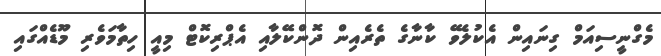
މެގްނީސިއަމް ގިނައިން އެކުލެވޭ ކާނާގެ ތެރެއިން ދޮންކޭލާއި އެޕްރިކޮޓް މިއީ ހިތާމަވެރި މޫޑެއްގައި